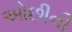
ઓછીની